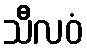
သီလဝံ